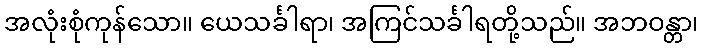
အလုံးစုံကုန်သော။ ယေသင်္ခါရာ၊ အကြင်သင်္ခါရတို့သည်။ အဘဝန္တာ၊